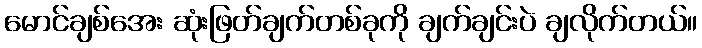
မောင်ချစ်အေး ဆုံးဖြတ်ချက်တစ်ခုကို ချက်ချင်းပဲ ချလိုက်တယ်။